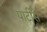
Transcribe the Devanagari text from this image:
पार्टीस